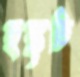
হুঙ্কৃতি